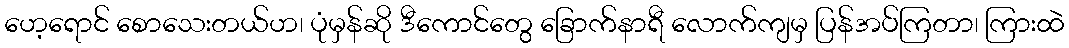
ဟေ့ရောင် စောသေးတယ်ဟ၊ ပုံမှန်ဆို ဒီကောင်တွေ ခြောက်နာရီ လောက်ကျမှ ပြန်အပ်ကြတာ၊ ကြားထဲ